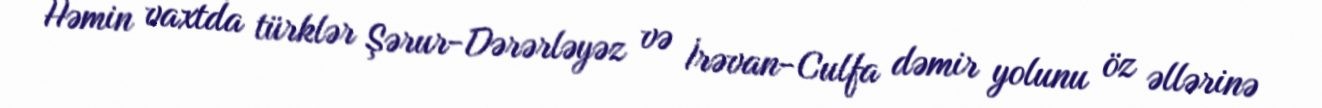
Həmin vaxtda türklər Şərur-Dərərləyəz və İrəvan-Culfa dəmir yolunu öz əllərinə